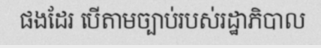
ផងដែរ បើតាមច្បាប់របស់រដ្ឋាភិបាល